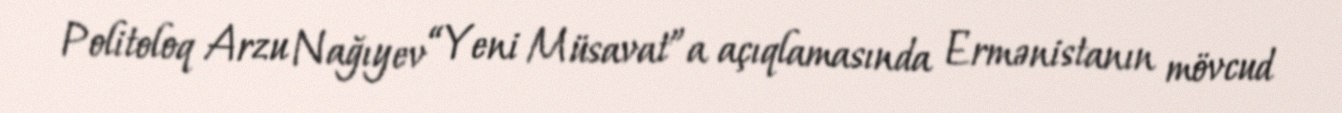
Politoloq Arzu Nağıyev “Yeni Müsavat”a açıqlamasında Ermənistanın mövcud